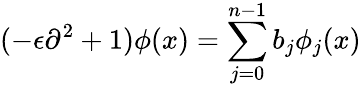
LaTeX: (-\epsilon\partial^{2}+1)\phi(x)=\sum_{j=0}^{n-1}b_{j}\phi_{j}(x)